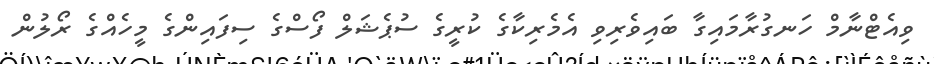
ވިއެޓްނާމް ހަނގުރާމައިގާ ބައިވެރިވި އެމެރިކާގެ ކުރީގެ ސުޕެޝަލް ފޯސްގެ ސިފައިންގެ މީހެއްގެ ރޯލުން